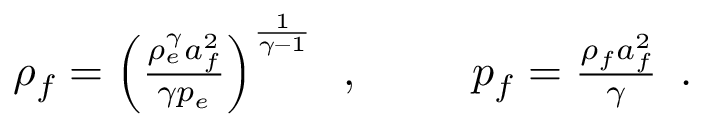
\begin{array} { r l r } { \rho _ { f } = \left( \frac { \rho _ { e } ^ { \gamma } a _ { f } ^ { 2 } } { \gamma p _ { e } } \right) ^ { \frac { 1 } { \gamma - 1 } } \, \mathrm { ~ , ~ } } & { { } \ } & { p _ { f } = \frac { \rho _ { f } a _ { f } ^ { 2 } } { \gamma } \, \mathrm { ~ . ~ } } \end{array}